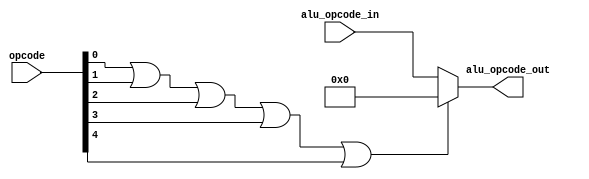
module alu_control(opcode,alu_opcode_in,alu_opcode_out);
	input [4:0] opcode,alu_opcode_in;
	output [4:0] alu_opcode_out;
	wire judge;
	
	or or_judge(judge,opcode[0],opcode[1],opcode[2],opcode[3],opcode[4]);
	
	assign alu_opcode_out = judge? 5'b00000:alu_opcode_in;
	
endmodule